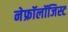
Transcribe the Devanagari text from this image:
नेफ्रॉलॉजिस्ट